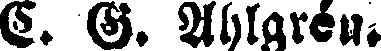
C. G. Ahlgrén.